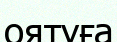
оятуға